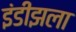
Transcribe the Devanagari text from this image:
इंडीझला